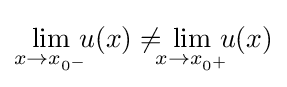
\lim _{x\rightarrow x_{0^{-}}}\!\!\!u(x)\neq \!\!\!\lim _{x\rightarrow x_{0^{+}}}\!\!\!u(x)